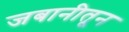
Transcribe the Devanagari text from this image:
जबानीतून